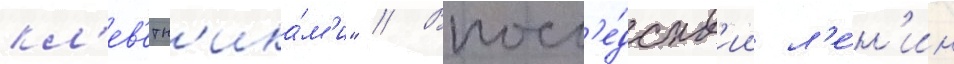
кл'ев'етн'ика́м'и" // Впосл'е́дств'ии л'е́н'ин